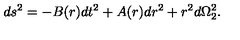
d s ^ { 2 } = - B ( r ) d t ^ { 2 } + A ( r ) d r ^ { 2 } + r ^ { 2 } d \Omega _ { 2 } ^ { 2 } .